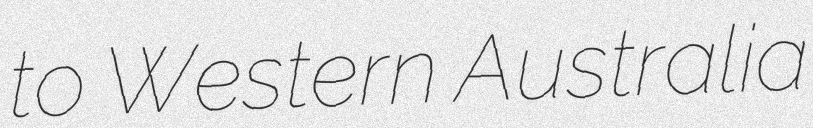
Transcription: to Western Australia